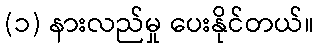
(၁) နားလည်မှု ပေးနိုင်တယ်။